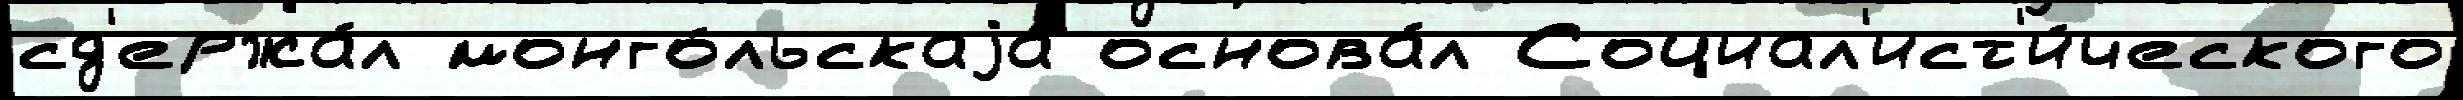
сд'ержа́л монго́льскаjа основа́л Социал'ист'и́ческого